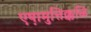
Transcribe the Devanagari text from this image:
एष़ामुत्तिक्कळि